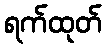
ရက်ထုတ်